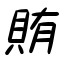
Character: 賄